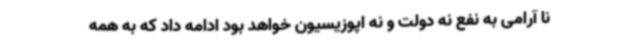
نا آرامی به نفع نه دولت و نه اپوزیسیون خواهد بود ادامه داد که به همه